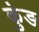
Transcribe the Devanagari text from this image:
कुंङ